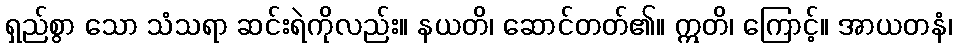
ရှည်စွာ သော သံသရာ ဆင်းရဲကိုလည်း။ နယတိ၊ ဆောင်တတ်၏။ ဣတိ၊ ကြောင့်။ အာယတနံ၊